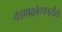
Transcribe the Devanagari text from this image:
काणकोणपर्यंत